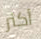
أكثر